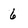
Character: 6